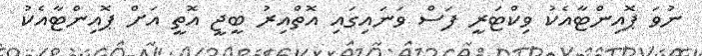
ނުވަ ޕޮއިންޓާއެކު ވިކްޓަރީ ފަސް ވަނައިގައި އޮތްއިރު ބީޖީ އޮތީ އަށް ޕޮއިންޓާއެކު